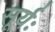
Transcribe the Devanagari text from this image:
सूर्यः